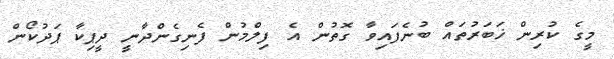
މީގެ ކުރިން ޚަބަރުތައް ބުނެފައިވާ ގޮތުން އެ ފިލްމުން ފެނިގެންދާނީ ދީޕިކާ ޕަދުކޯން